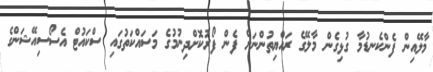
މާލޭއިން ފެންކެނޑުމާ ގުޅިގެން މާލޭގެ ރައްޔިތުންނަށް ފެން ފޯރުކޮށްދިނުމުގެ މަސައްކަތުގައި ސްކައުޓް އެސޯސިއޭޝަންގެ